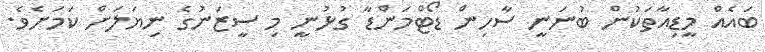
ބައެއް މީޑިއާތަކުން ބުނަނީ ސާހިން ޑޯޓްމަންޑާ ގުޅުނީ މި ސީޒަނުގެ ނިޔަލަށް ކަމަށެވެ.